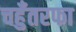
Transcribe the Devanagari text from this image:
चहुँतरफा